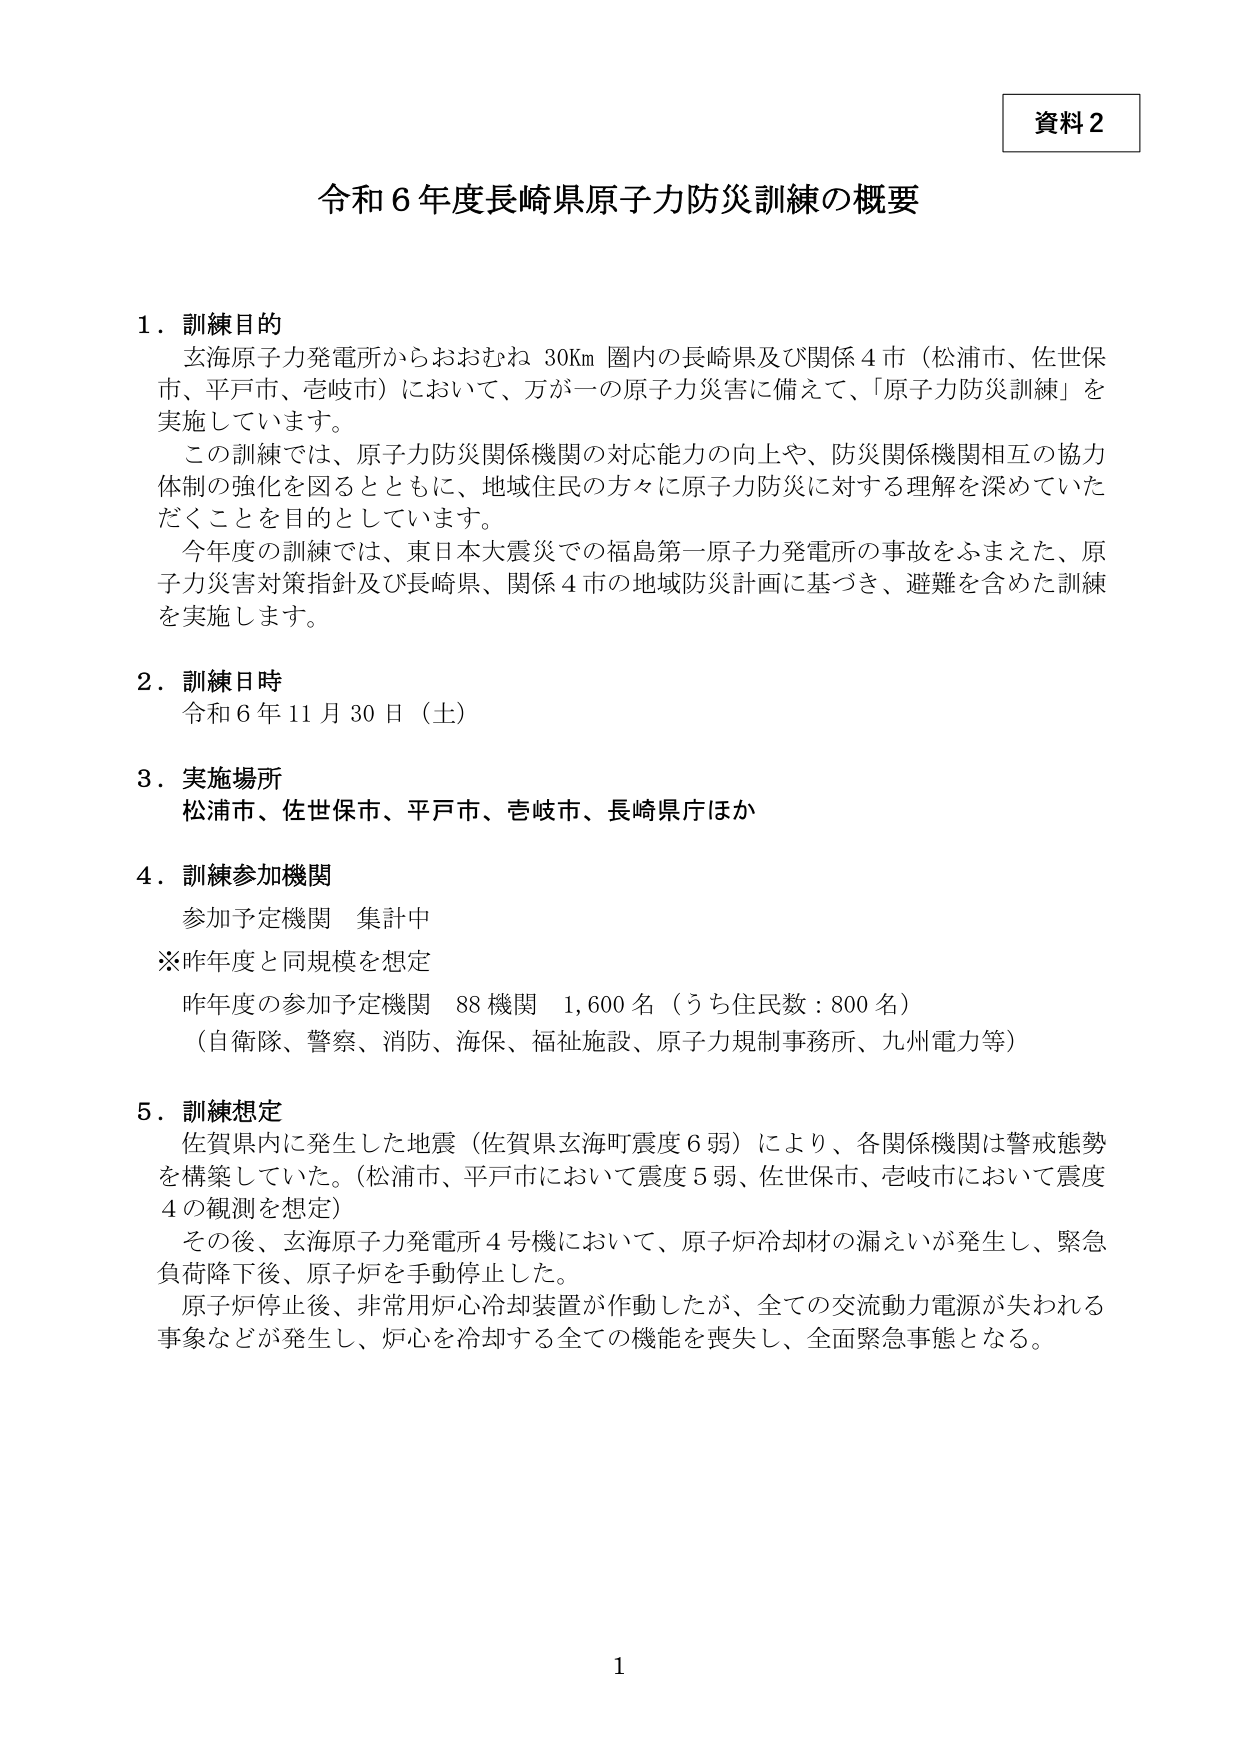
資料２

令和６年度長崎県原子力防災訓練の概要

１．訓練目的
　玄海原子力発電所からおおむね 30Km 圏内の長崎県及び関係４市（松浦市、佐世保市、平戸市、壱岐市）において、万が一の原子力災害に備えて、「原子力防災訓練」を実施しています。
　この訓練では、原子力防災関係機関の対応能力の向上や、防災関係機関相互の協力体制の強化を図るとともに、地域住民の方々に原子力防災に対する理解を深めていただくことを目的としています。
　今年度の訓練では、東日本大震災での福島第一原子力発電所の事故をふまえた、原子力災害対策指針及び長崎県、関係４市の地域防災計画に基づき、避難を含めた訓練を実施します。

２．訓練日時
　令和６年 11月30日（土）

３．実施場所
　松浦市、佐世保市、平戸市、壱岐市、長崎県庁ほか

４．訓練参加機関
　参加予定機関　集計中
　※昨年度と同規模を想定
　昨年度の参加予定機関　88機関　1,600名（うち住民数：800名）
　（自衛隊、警察、消防、海保、福祉施設、原子力規制事務所、九州電力等）

５．訓練想定
　佐賀県内に発生した地震（佐賀県玄海町震度６弱）により、各関係機関は警戒態勢を構築していた。（松浦市、平戸市において震度５弱、佐世保市、壱岐市において震度４の観測を想定）
　その後、玄海原子力発電所４号機において、原子炉冷却材の漏えいが発生し、緊急負荷降下後、原子炉を手動停止した。
　原子炉停止後、非常用炉心冷却装置が作動したが、全ての交流動力電源が失われる事象などが発生し、炉心を冷却する全ての機能を喪失し、全面緊急事態となる。

1